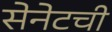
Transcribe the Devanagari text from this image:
सेनेटची